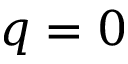
q = 0